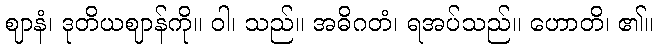
ဈာနံ၊ ဒုတိယဈာန်ကို။ ဝါ၊ သည်။ အဓိဂတံ၊ ရအပ်သည်။ ဟောတိ၊ ၏။